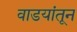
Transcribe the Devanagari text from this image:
वाडयांतून